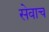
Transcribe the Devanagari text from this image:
सेवाच